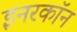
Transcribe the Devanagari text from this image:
इनरकॉन